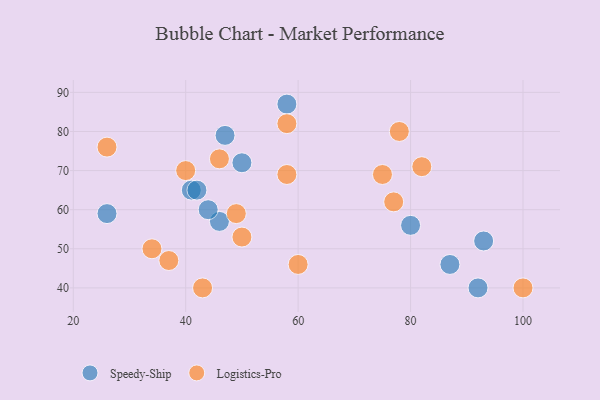
{"axis": {"x": "GDP", "y": "Life Expectancy"}, "legend": ["Logistics-Pro", "Speedy-Ship"], "data": [{"x": "41", "y": 65, "type": "Speedy-Ship"}, {"x": "42", "y": 65, "type": "Speedy-Ship"}, {"x": "26", "y": 59, "type": "Speedy-Ship"}, {"x": "80", "y": 56, "type": "Speedy-Ship"}, {"x": "46", "y": 57, "type": "Speedy-Ship"}, {"x": "58", "y": 87, "type": "Speedy-Ship"}, {"x": "50", "y": 72, "type": "Speedy-Ship"}, {"x": "92", "y": 40, "type": "Speedy-Ship"}, {"x": "93", "y": 52, "type": "Speedy-Ship"}, {"x": "44", "y": 60, "type": "Speedy-Ship"}, {"x": "47", "y": 79, "type": "Speedy-Ship"}, {"x": "87", "y": 46, "type": "Speedy-Ship"}, {"x": "82", "y": 71, "type": "Logistics-Pro"}, {"x": "77", "y": 62, "type": "Logistics-Pro"}, {"x": "58", "y": 82, "type": "Logistics-Pro"}, {"x": "43", "y": 40, "type": "Logistics-Pro"}, {"x": "78", "y": 80, "type": "Logistics-Pro"}, {"x": "50", "y": 53, "type": "Logistics-Pro"}, {"x": "34", "y": 50, "type": "Logistics-Pro"}, {"x": "40", "y": 70, "type": "Logistics-Pro"}, {"x": "75", "y": 69, "type": "Logistics-Pro"}, {"x": "100", "y": 40, "type": "Logistics-Pro"}, {"x": "26", "y": 76, "type": "Logistics-Pro"}, {"x": "46", "y": 73, "type": "Logistics-Pro"}, {"x": "49", "y": 59, "type": "Logistics-Pro"}, {"x": "60", "y": 46, "type": "Logistics-Pro"}, {"x": "37", "y": 47, "type": "Logistics-Pro"}, {"x": "58", "y": 69, "type": "Logistics-Pro"}]}